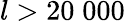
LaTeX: l>20\; 000